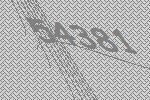
54381